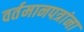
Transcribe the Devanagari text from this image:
वर्तमानपत्रांना